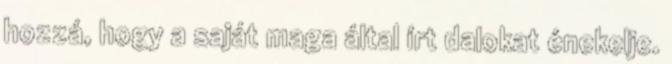
hozzá, hogy a saját maga által írt dalokat énekelje.